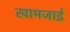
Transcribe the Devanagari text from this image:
खामजाई